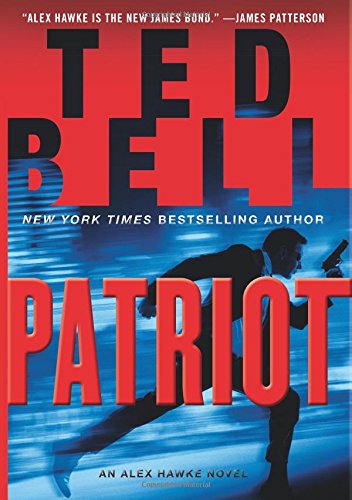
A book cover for Patriot: An Alex Hawke Novel (Alex Hawke Novels); Ted Bell; Mystery, Thriller & Suspense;